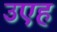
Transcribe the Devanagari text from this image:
उएह